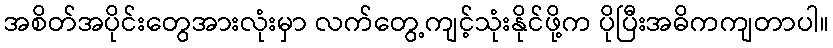
အစိတ်အပိုင်းတွေအားလုံးမှာ လက်တွေ့ကျင့်သုံးနိုင်ဖို့က ပိုပြီးအဓိကကျတာပါ။